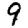
Digit: 9